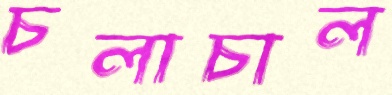
চলাচাল